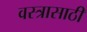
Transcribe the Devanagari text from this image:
वस्त्रासाठी